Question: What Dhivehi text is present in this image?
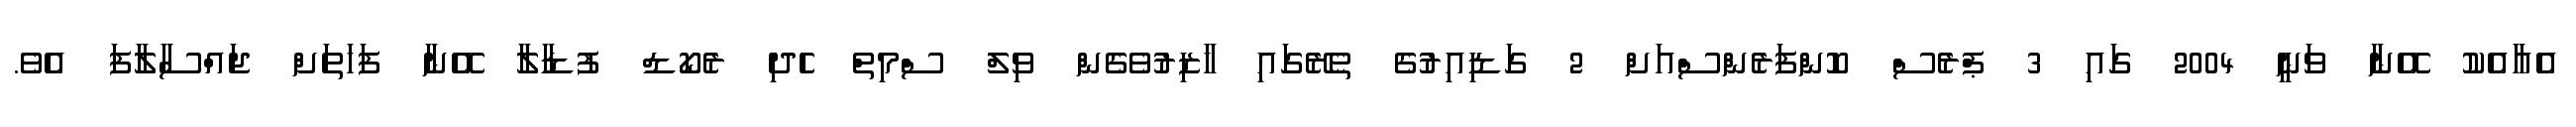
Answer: އެއާއެކު އޭނާ ވަނީ 2004 ގައި 3 ޕްރެސް ކޮންފަރެންސްއަށް 2 ގަޑިއިރުގެ ތެރޭގައި ހާޒިރުވެގެން ވިލް ސްމިތް ހެދި ރެކޯޑް ފުޑާލާ އޭނާ ފަހަތަށް ޖައްސާލާފަ އެވެ.